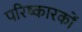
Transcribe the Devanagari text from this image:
परिष्कारकों